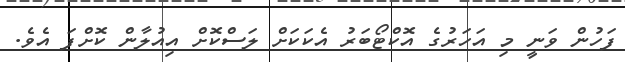
ފަހުން ވަނީ މި އަހަރުގެ އޮކްޓޯބަރު އެކަކަށް ލަސްކޮށް އިއުލާން ކޮށްފަ އެވެ.